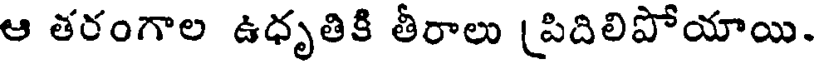
ఆ తరంగాల ఉధృతికి తీరాలు (పిదిలిపోయాయి.